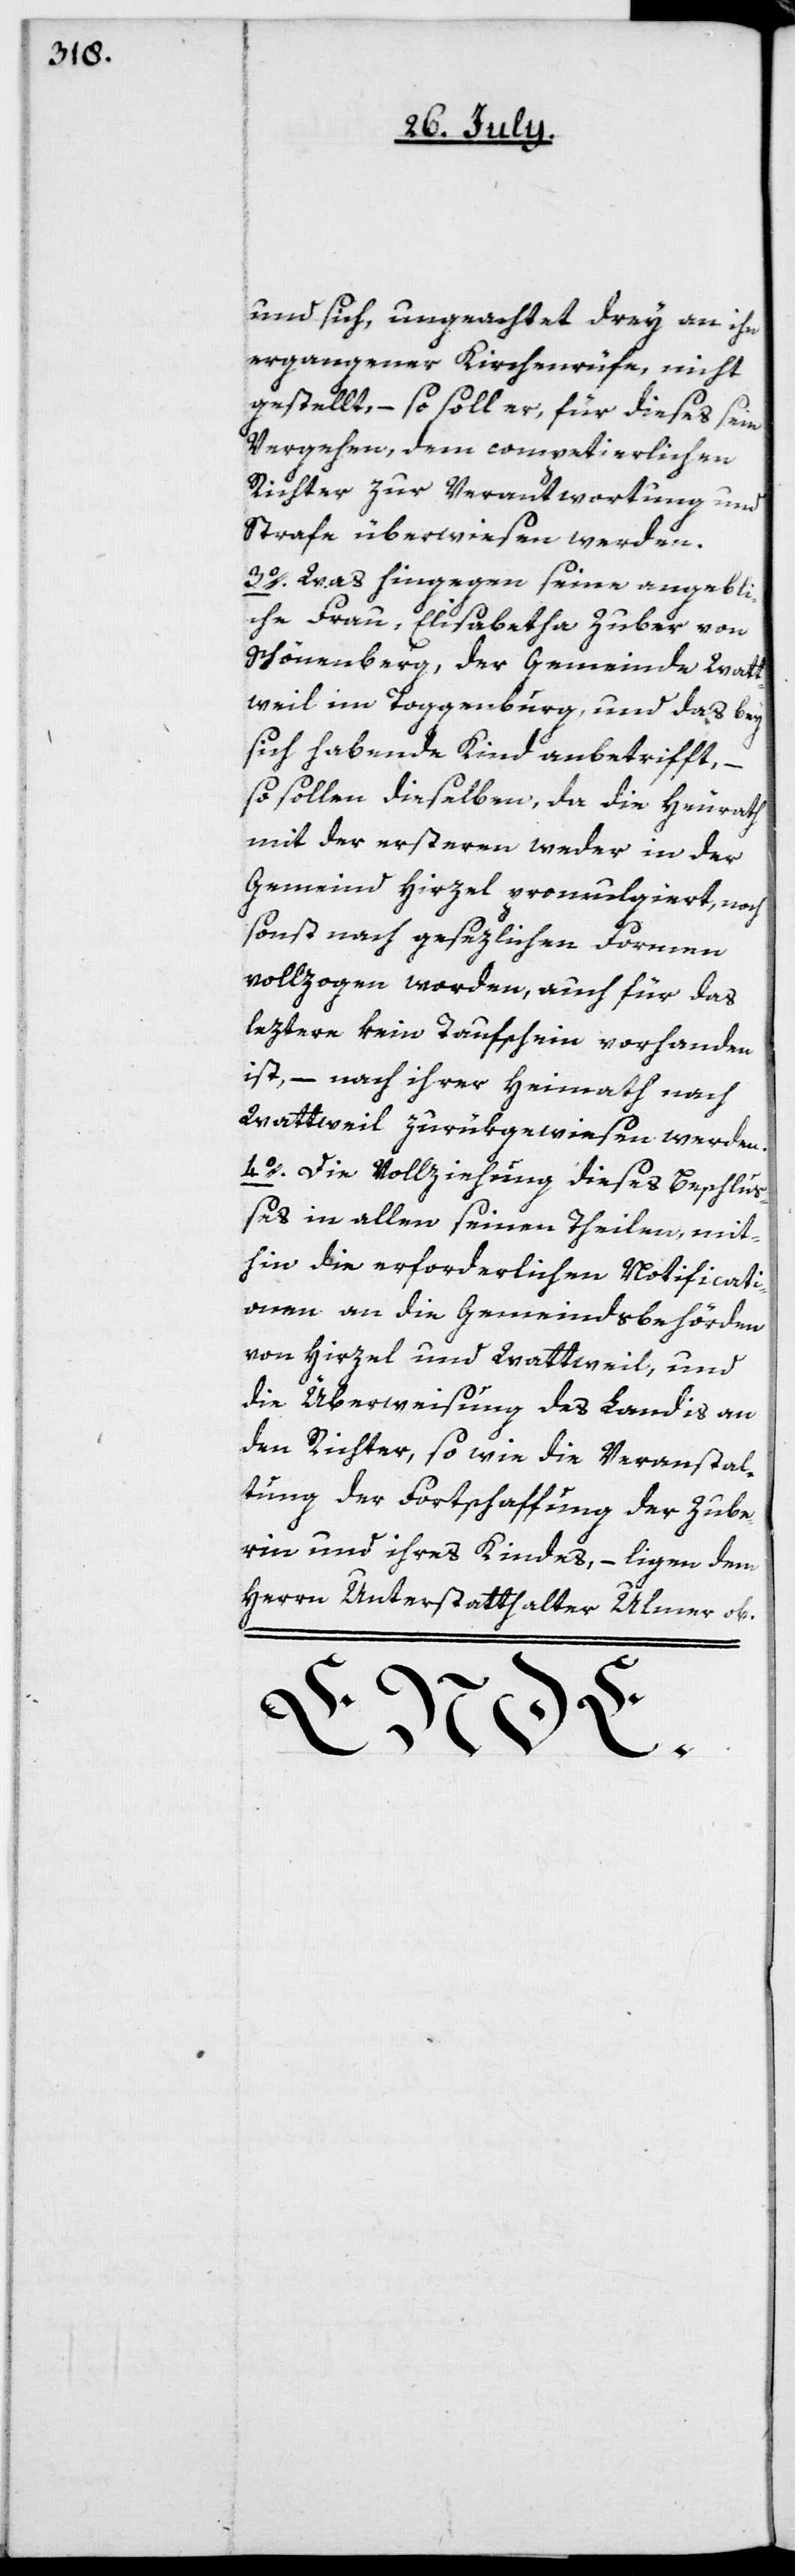
und sich, ungeachtet drey an ihn
ergangener Kirchenrüfe, nicht
gestellt, – so soll er, für dieses sein
Vergehen, dem competierlichen
Richter zur Verantwortung und
Strafe überwiesen werden.
3o. Was hingegen seine angebli¬
che Frau Elisabetha Zuber von
Schönenberg, der Gemeinde Watt¬
weil im Toggenburg, und das bey
sich habende Kind anbetrifft, –
so sollen dieselben, da die Heiuath
mit der ersteren weder in der
Gemeind Hirzel promulgiert, noch
sonst nach gesezlichen Formen
vollzogen worden, auch für das
leztre kein Taufschein vorhanden
ist, – nach ihrer Heimath nach
Wattweil zurükgewiesen werden.
4o. Die Vollziehung dieses Beschlu¬
ßes in allen seinen Theilen, mit¬
hin die erforderlichen Notificati¬
onen an die Gemeindsbehörden
von Hirzel und Wattweil, und
die Überweisung des Landis an
den Richter, so wie die Veranstal¬
tung der Fortschaffung der Zube¬
rin und ihres Kindes, – liegen dem
Herrn Unterstatthalter Ulmer ob.